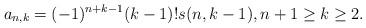
LaTeX: \begin{align*}a_{n,k}=(-1)^{n+k-1}(k-1)!s(n,k-1),n+1\ge k\ge2.\end{align*}